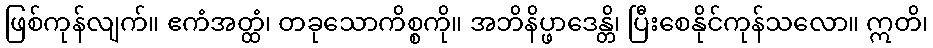
ဖြစ်ကုန်လျက်။ ဧကံအတ္ထံ၊ တခုသောကိစ္စကို။ အဘိနိပ္ဖာဒေန္တိ၊ ပြီးစေနိုင်ကုန်သလော။ ဣတိ၊